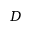
D